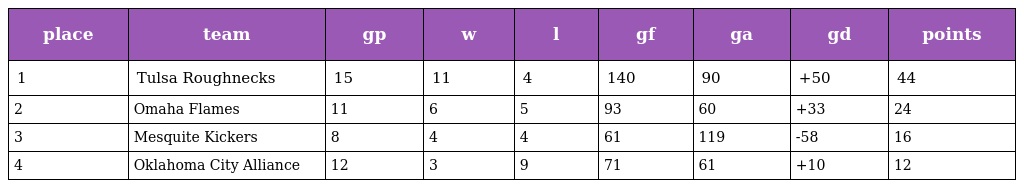
| place | team | gp | w | l | gf | ga | gd | points |
 | --- | --- | --- | --- | --- | --- | --- | --- | --- |
 | 1 | Tulsa Roughnecks | 15 | 11 | 4 | 140 | 90 | +50 | 44 |
 | 2 | Omaha Flames | 11 | 6 | 5 | 93 | 60 | +33 | 24 |
 | 3 | Mesquite Kickers | 8 | 4 | 4 | 61 | 119 | -58 | 16 |
 | 4 | Oklahoma City Alliance | 12 | 3 | 9 | 71 | 61 | +10 | 12 |